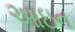
આઇન